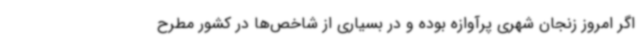
اگر امروز زنجان شهری پرآوازه بوده و در بسیاری از شاخص‌ها در کشور مطرح